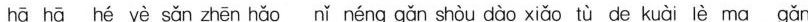
hā hā hé yè sǎn zhēn hǎo nǐ néng gǎn shòu dào xiǎo tù de kuài lè ma gǎn